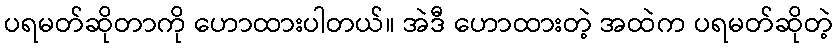
ပရမတ်ဆိုတာကို ဟောထားပါတယ်။ အဲဒီ ဟောထားတဲ့ အထဲက ပရမတ်ဆိုတဲ့